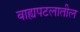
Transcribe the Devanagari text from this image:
बाह्यपटलातील